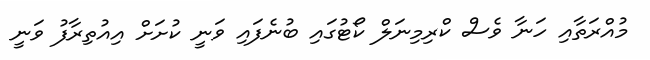
މުއްރަތާއި ހަނާ ވެސް ކްރިމިނަލް ކޯޓުގައި ބުނެފައި ވަނީ ކުށަށް އިއުތިރާފު ވަނީ